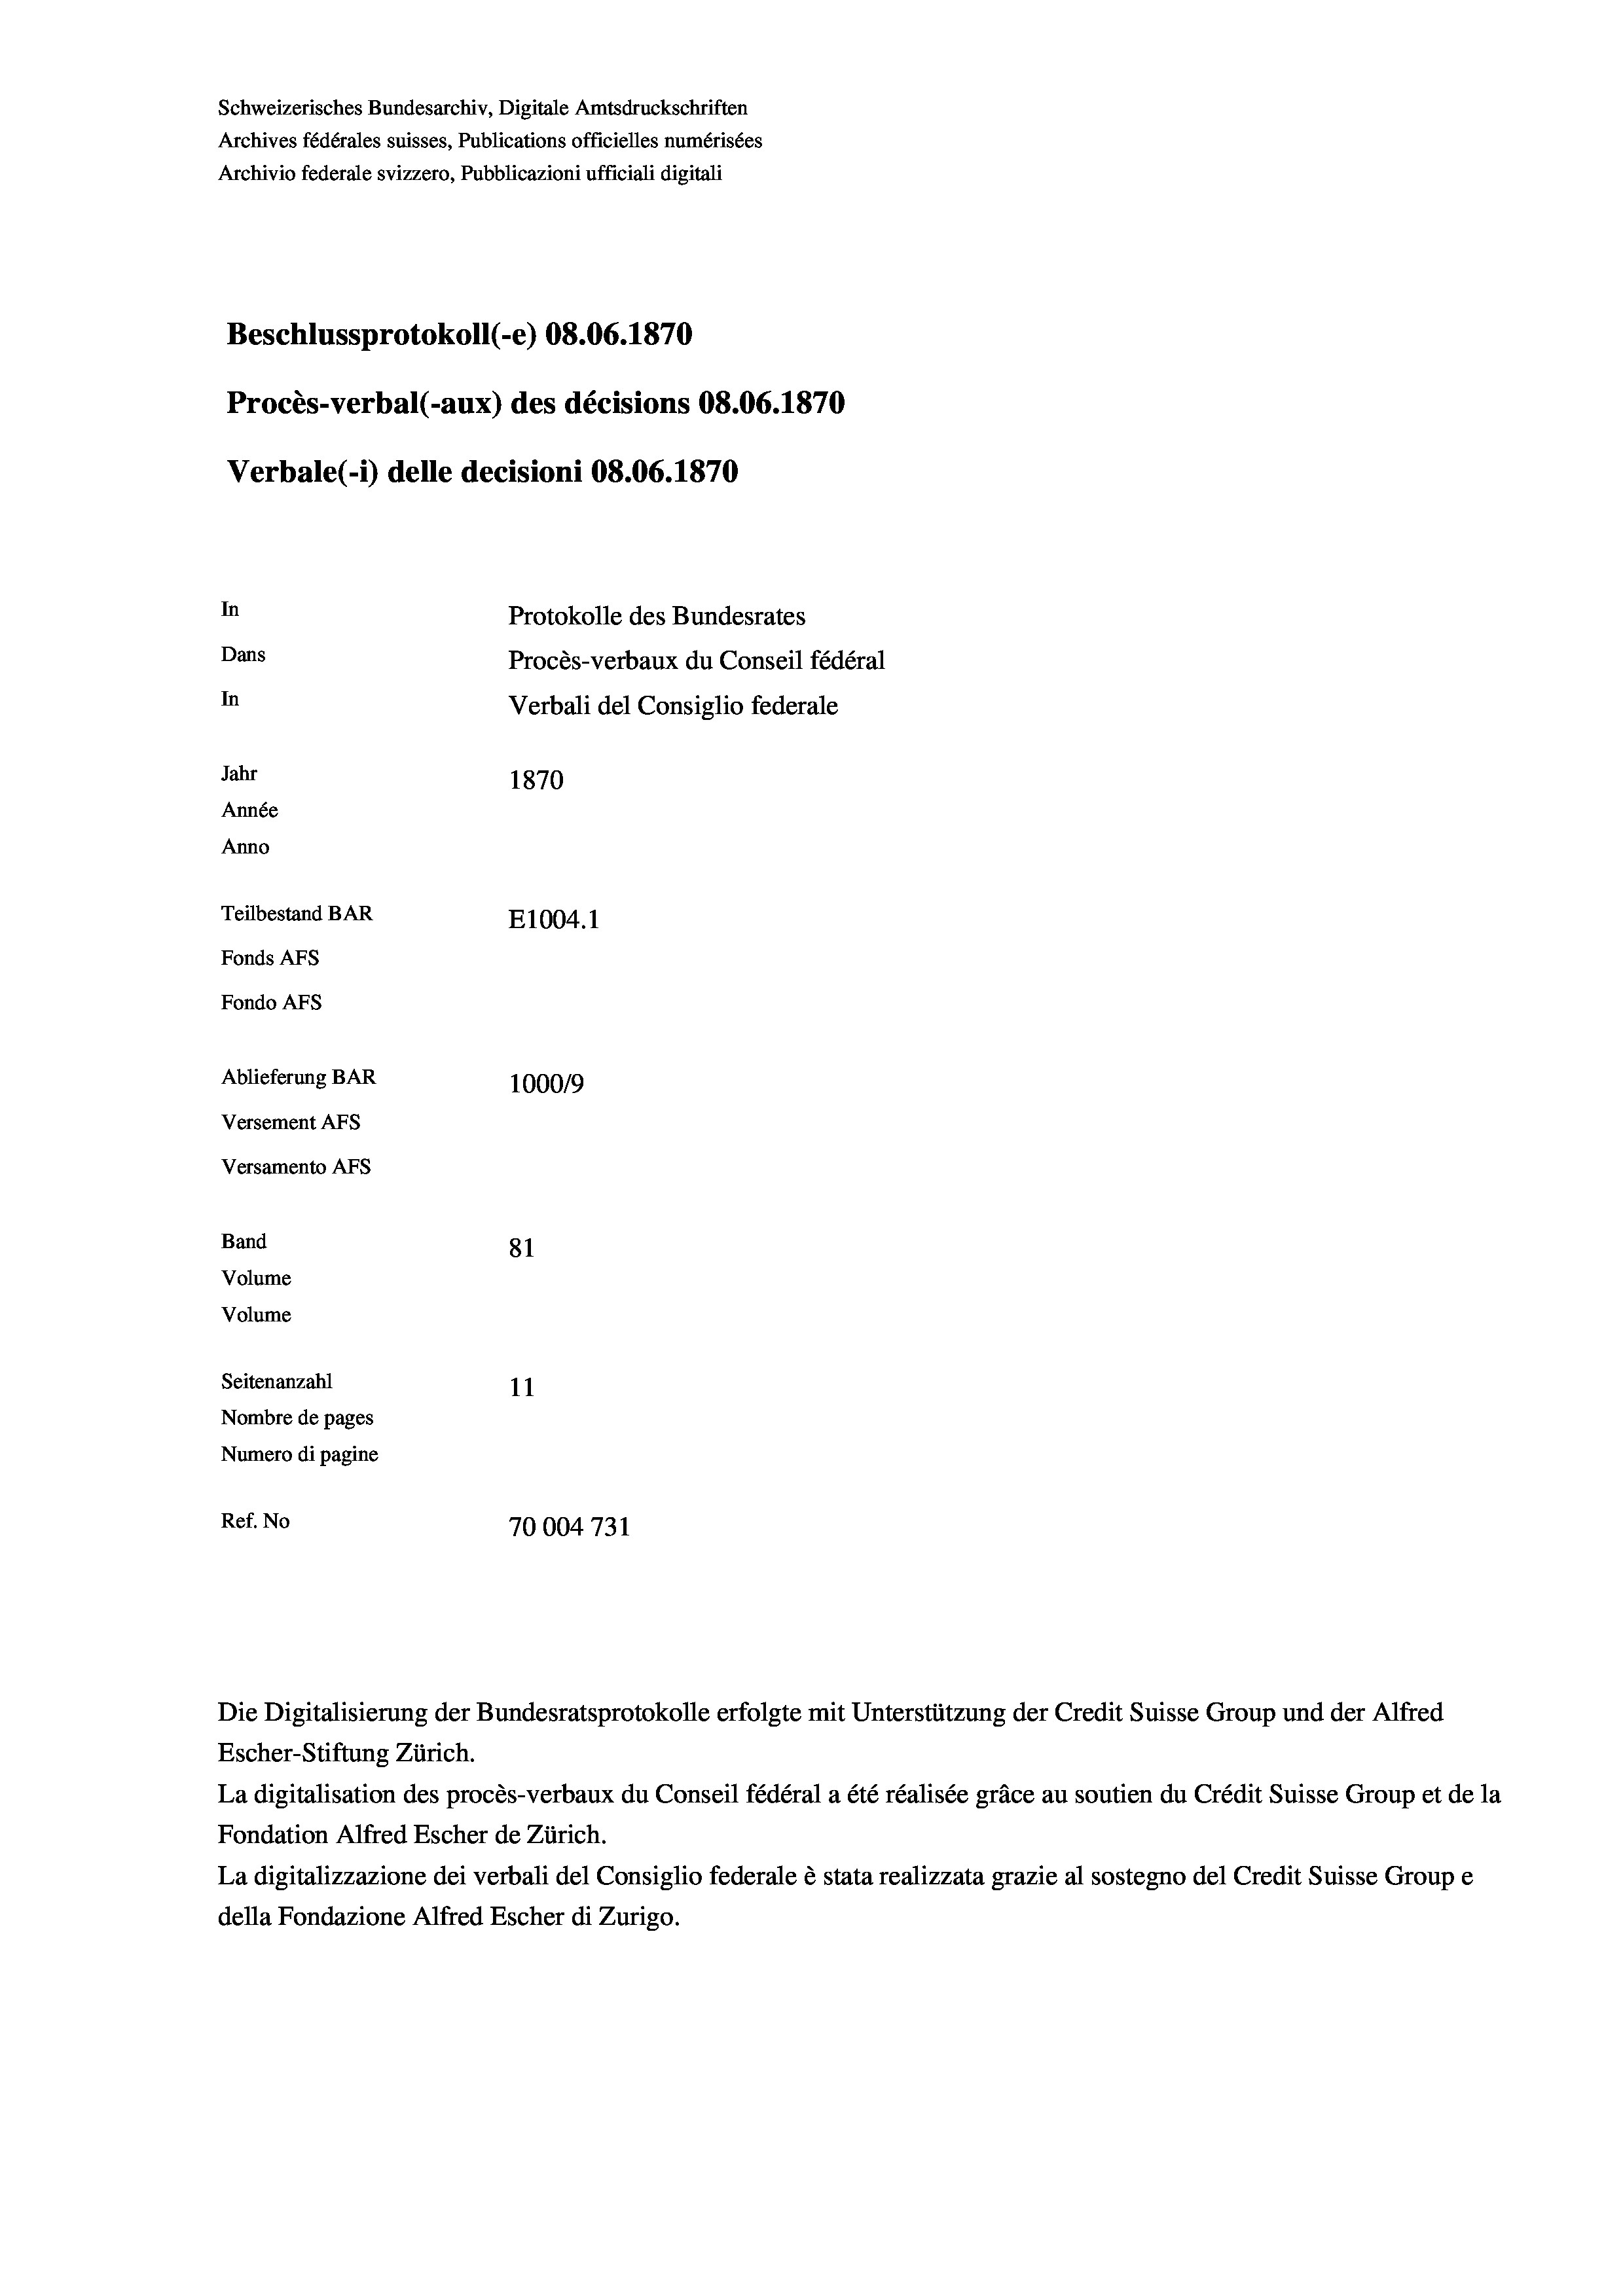
Schweizerisches Bundesarchiv, Digitale Amtsdruckschriften
Archives fédérales suisses, Publications officielles numérisées
Archivio federale svizzero, Pubblicazioni ufficiali digitali
Beschlussprotokoll (-e) 08.06. 1870
Procès-verbal (-aux) des décisions 08.06. 1870
Verbale (1) delle decisioni 08.06. 1870
In
Protokolle des Bundesrates
Dans
Procès-verbaux du Conseil fédéral
In
Verbali del Consiglio federale
Jahr
1870
Année
Anno
Teilbestand BAR
E1004.1
Fonds AFs
Fondo AFs
Ablieferung BAR
100019
Versement Abs
Versamento Afs
Band
81
Volume
Volume
Seitenanzahl
11
Nombre de pages
Numero di pagine
Ref. No
70004 731

Escher-Stiftung Zürich.
La digitalisation des procès-verbaux du Conseil fédéral a été réalisée gräce au soutien du Crédit Suisse Group et de la
Fondation Alfred Escher de Zürich.
La digitalizzazione dei verbali del Consiglio federale è stata realizzata grazie al sostegno del Credit Suisse Groupe
della Fondazione Alfred Escher di Zurigo.

Die Digitalisierung der Bundesratsprotokolle erfolgte mit Unterstützung der Credit Suisse Group und der Alfred